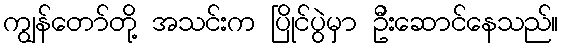
ကျွန်တော်တို့ အသင်းက ပြိုင်ပွဲမှာ ဦးဆောင်နေသည်။